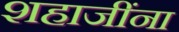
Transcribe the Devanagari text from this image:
शहाजींना